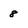
Character: 8